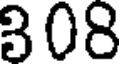
308